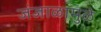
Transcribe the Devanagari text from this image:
जंजाळामुळे